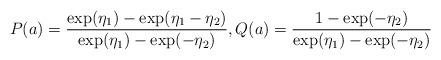
\begin{align*}P(a) = \frac{\exp(\eta_1)-\exp(\eta_1-\eta_2)}{\exp(\eta_1)-\exp(-\eta_2)}, Q(a) = \frac{1-\exp(-\eta_2)}{{\exp(\eta_1)-\exp(-\eta_2)}}\end{align*}